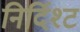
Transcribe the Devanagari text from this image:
निर्दिश्ट